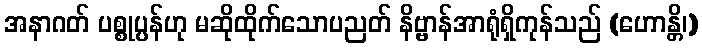
အနာဂတ် ပစ္စုပ္ပန်ဟု မဆိုထိုက်သောပညတ် နိဗ္ဗာန်အာရုံရှိကုန်သည် (ဟောန္တိ၊)